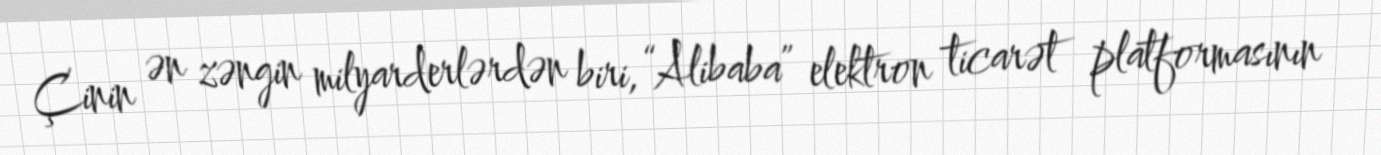
Çinin ən zəngin milyarderlərdən biri, “Alibaba” elektron ticarət platformasının